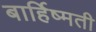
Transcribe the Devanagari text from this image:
बार्हिष्मती